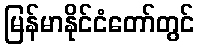
မြန်မာနိုင်ငံတော်တွင်